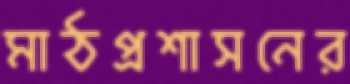
মাঠপ্রশাসনের